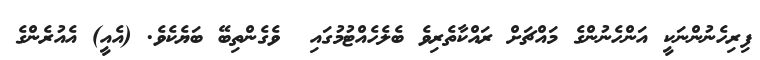
ފިރިހެނުންނަކީ އަންހެނުންގެ މައްޗަށް ރައްކާތެރިވެ ބެލެހެއްޓުމުގައި  ވެގެންތިބޭ ބަޔެކެވެ. (އެއީ) އެއުރެންގެ